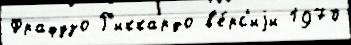
Фрафузо Р'иккардо в'е́рс'иjи 1970